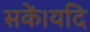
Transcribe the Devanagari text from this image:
सकें।यदि